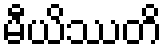
မီယိဿတိ